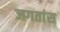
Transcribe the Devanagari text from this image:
जगतांस